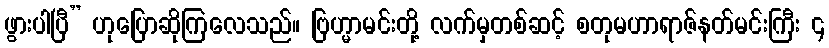
ဖွားပါပြီ” ဟုပြောဆိုကြလေသည်။ ဗြဟ္မာမင်းတို့ လက်မှတစ်ဆင့် စတုမဟာရာဇ်နတ်မင်းကြီး ၄